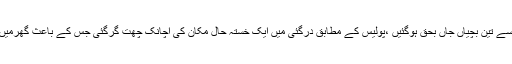
2015ء)مالاکنڈکے علاقے درگئی میں گھرکی چھت گرنے سے تین بچیاں جاں بحق ہوگئیں ،پولیس کے مطابق درگئی میں ایک خستہ حال مکان کی اچانک چھت گرگئی جس کے باعث گھرمیں موجودافرادملبے تلے دب گئے اورتین بچیاں جاں بحق ہوگئیں